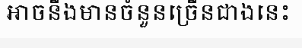
អាចនឹងមានចំនួនច្រើនជាងនេះ